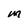
Character: M